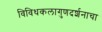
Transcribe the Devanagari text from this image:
विविधकलागुणदर्शनाचा